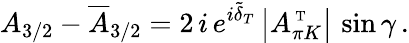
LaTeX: A_{3/2}-\overline{{{A}}}_{3/2}=2\, i\, e^{i\tilde{\delta}_{T}}\, \bigl|A_{\pi K}^{\mathrm{{\scriptsize~T}}}\bigr|\, \sin\gamma\, .